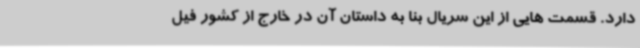
دارد. قسمت هایی از این سریال بنا به داستان آن در خارج از کشور فیل